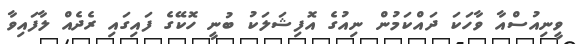
ވީނިއުސްއާ ވާހަކަ ދައްކަމުން ނިއުގެ އޮފިޝަލަކު ބުނީ ހޮކޭގެ ފައިގައި ރެދެއް ލާފައިވާ